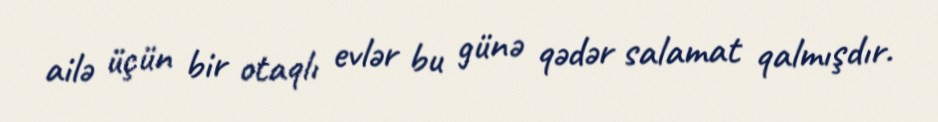
ailə üçün bir otaqlı evlər bu günə qədər salamat qalmışdır.